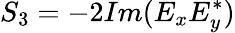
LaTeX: S_{3}=-2Im(E_{x}E_{y}^{*})